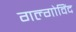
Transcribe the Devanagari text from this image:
गल्गोविंद